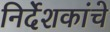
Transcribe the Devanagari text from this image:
निर्देशकांचे